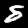
Digit: 8